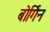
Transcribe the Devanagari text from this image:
बोर्गिन